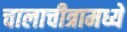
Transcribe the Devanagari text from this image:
चालाचीत्रामध्ये